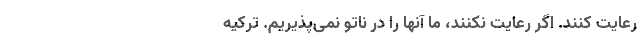
رعایت کنند. اگر رعایت نکنند، ما آنها را در ناتو نمی‌پذیریم. ترکیه